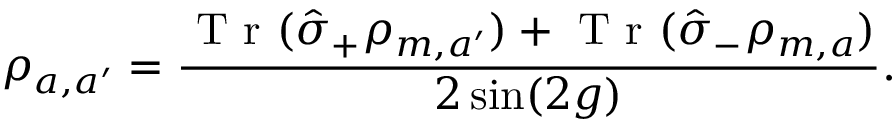
\rho _ { a , a ^ { \prime } } = \frac { \mathrm { ~ T ~ r ~ } ( \hat { \sigma } _ { + } \rho _ { m , a ^ { \prime } } ) + \mathrm { ~ T ~ r ~ } ( \hat { \sigma } _ { - } \rho _ { m , a } ) } { 2 \sin ( 2 g ) } .